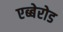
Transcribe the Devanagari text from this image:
एब्बेरोड